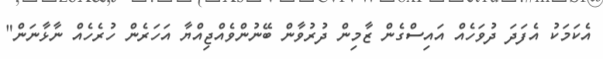
އެކަމަކު އެފަދަ ދުވަހެއް އައިސްގެން ޒާމިން ދުރުވާން ބޭނުންވެއްޖިއްޔާ އަހަރެން ހުރެހެއް ނާޅާނަން"